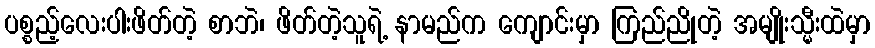
ပစ္စည့်လေးပါးဖိတ်တဲ့ စာဘဲ၊ ဖိတ်တဲ့သူရဲ့ နာမည်က ကျောင်းမှာ ကြည်ညိုတဲ့ အမျိုးသ္မီးထဲမှာ